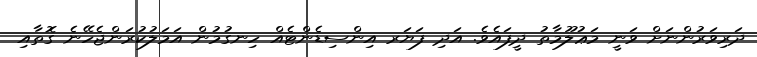
ދަރިވަރުންނަށް ވަނީ މަޢުލޫމާތު ދީފައެވެ. އަދި ފަޔަރ އިންސިޑެންޓެއް ހިނގުމުން އަމަލުކުރަންޖެހޭނެ ގޮތާއި